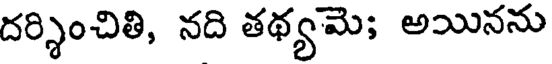
దర్శించితి, నది తథ్యమె; అయినను